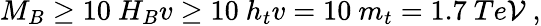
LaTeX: M_{B}\geq10\ H_{B}v\geq10\ h_{t}v=10\ m_{t}=1.7\ Te\mathcal{V}\ ,